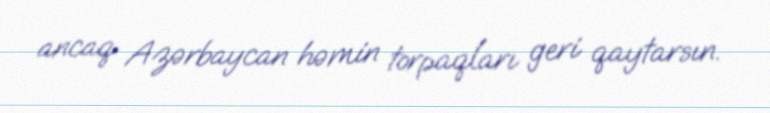
ancaq Azərbaycan həmin torpaqları geri qaytarsın.